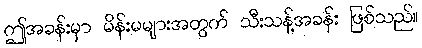
ဤအခန်းမှာ မိန်းမများအတွက် သီးသန့်အခန်း ဖြစ်သည်။